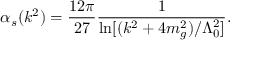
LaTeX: \alpha _ { s } ( k ^ { 2 } ) = \frac { 1 2 \pi } { 2 7 } \frac { 1 } { \ln [ ( k ^ { 2 } + 4 m _ { g } ^ { 2 } ) / \Lambda _ { 0 } ^ { 2 } ] } .